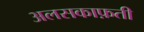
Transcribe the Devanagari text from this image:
अलसकाफ़ती